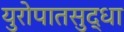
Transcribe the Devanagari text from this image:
युरोपातसुद्धा